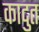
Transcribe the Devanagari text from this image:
कादुत